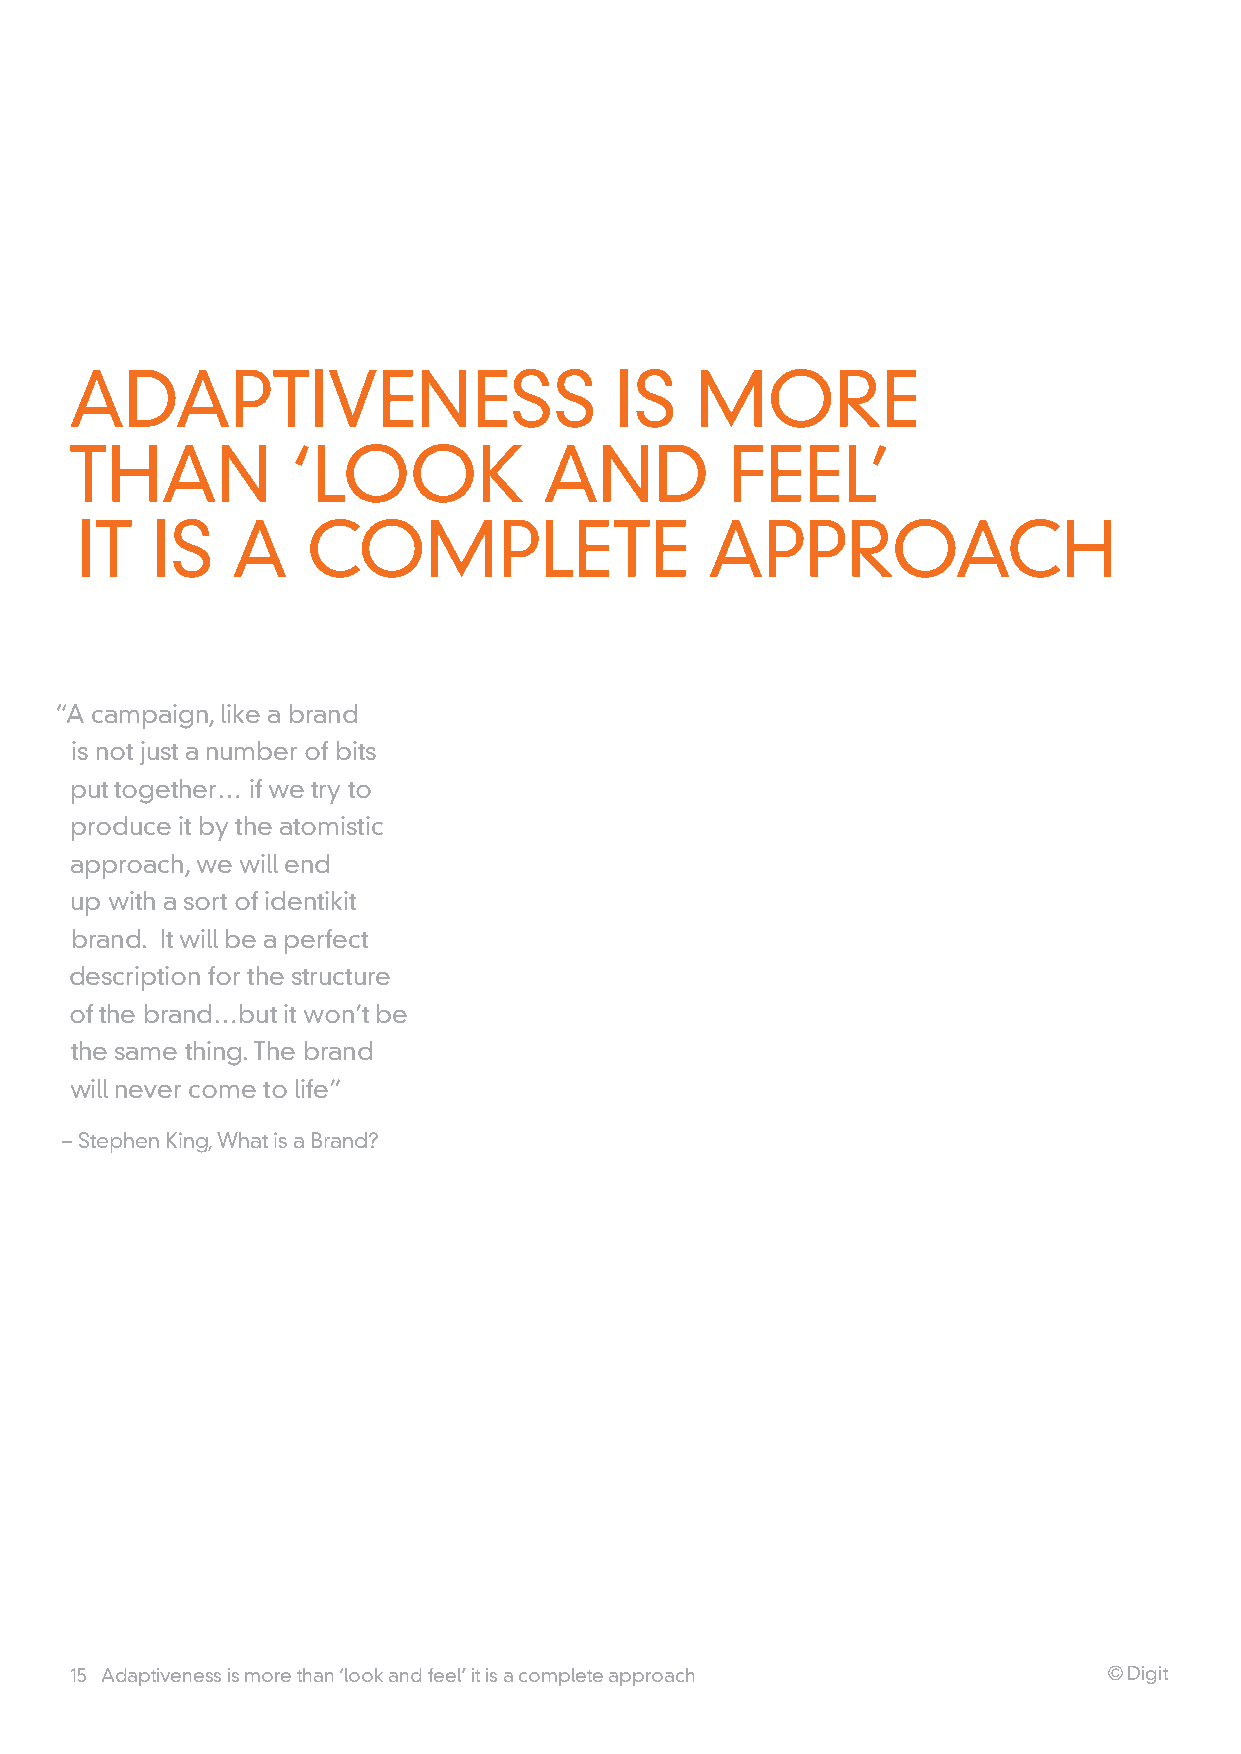
aDapTIVEnESS                        IS   MOrE
 Than          ‘LOOk            anD         FEEL’
 IT   IS   a    COMpLETE                   apprOaCh
 “a campaign, like a brand
 is not just a number of bits
 put together… if we try to
 produce it by the atomistic
 approach, we will end
 up with a sort of identikit
 brand. It will be a perfect
 description for the structure
 of the brand…but it won’t be
 the same thing. The brand
 will never come to life”
 – Stephen king, what is a Brand?
 15 adaptiveness is more than ‘look and feel’ it is a complete approach © Digit